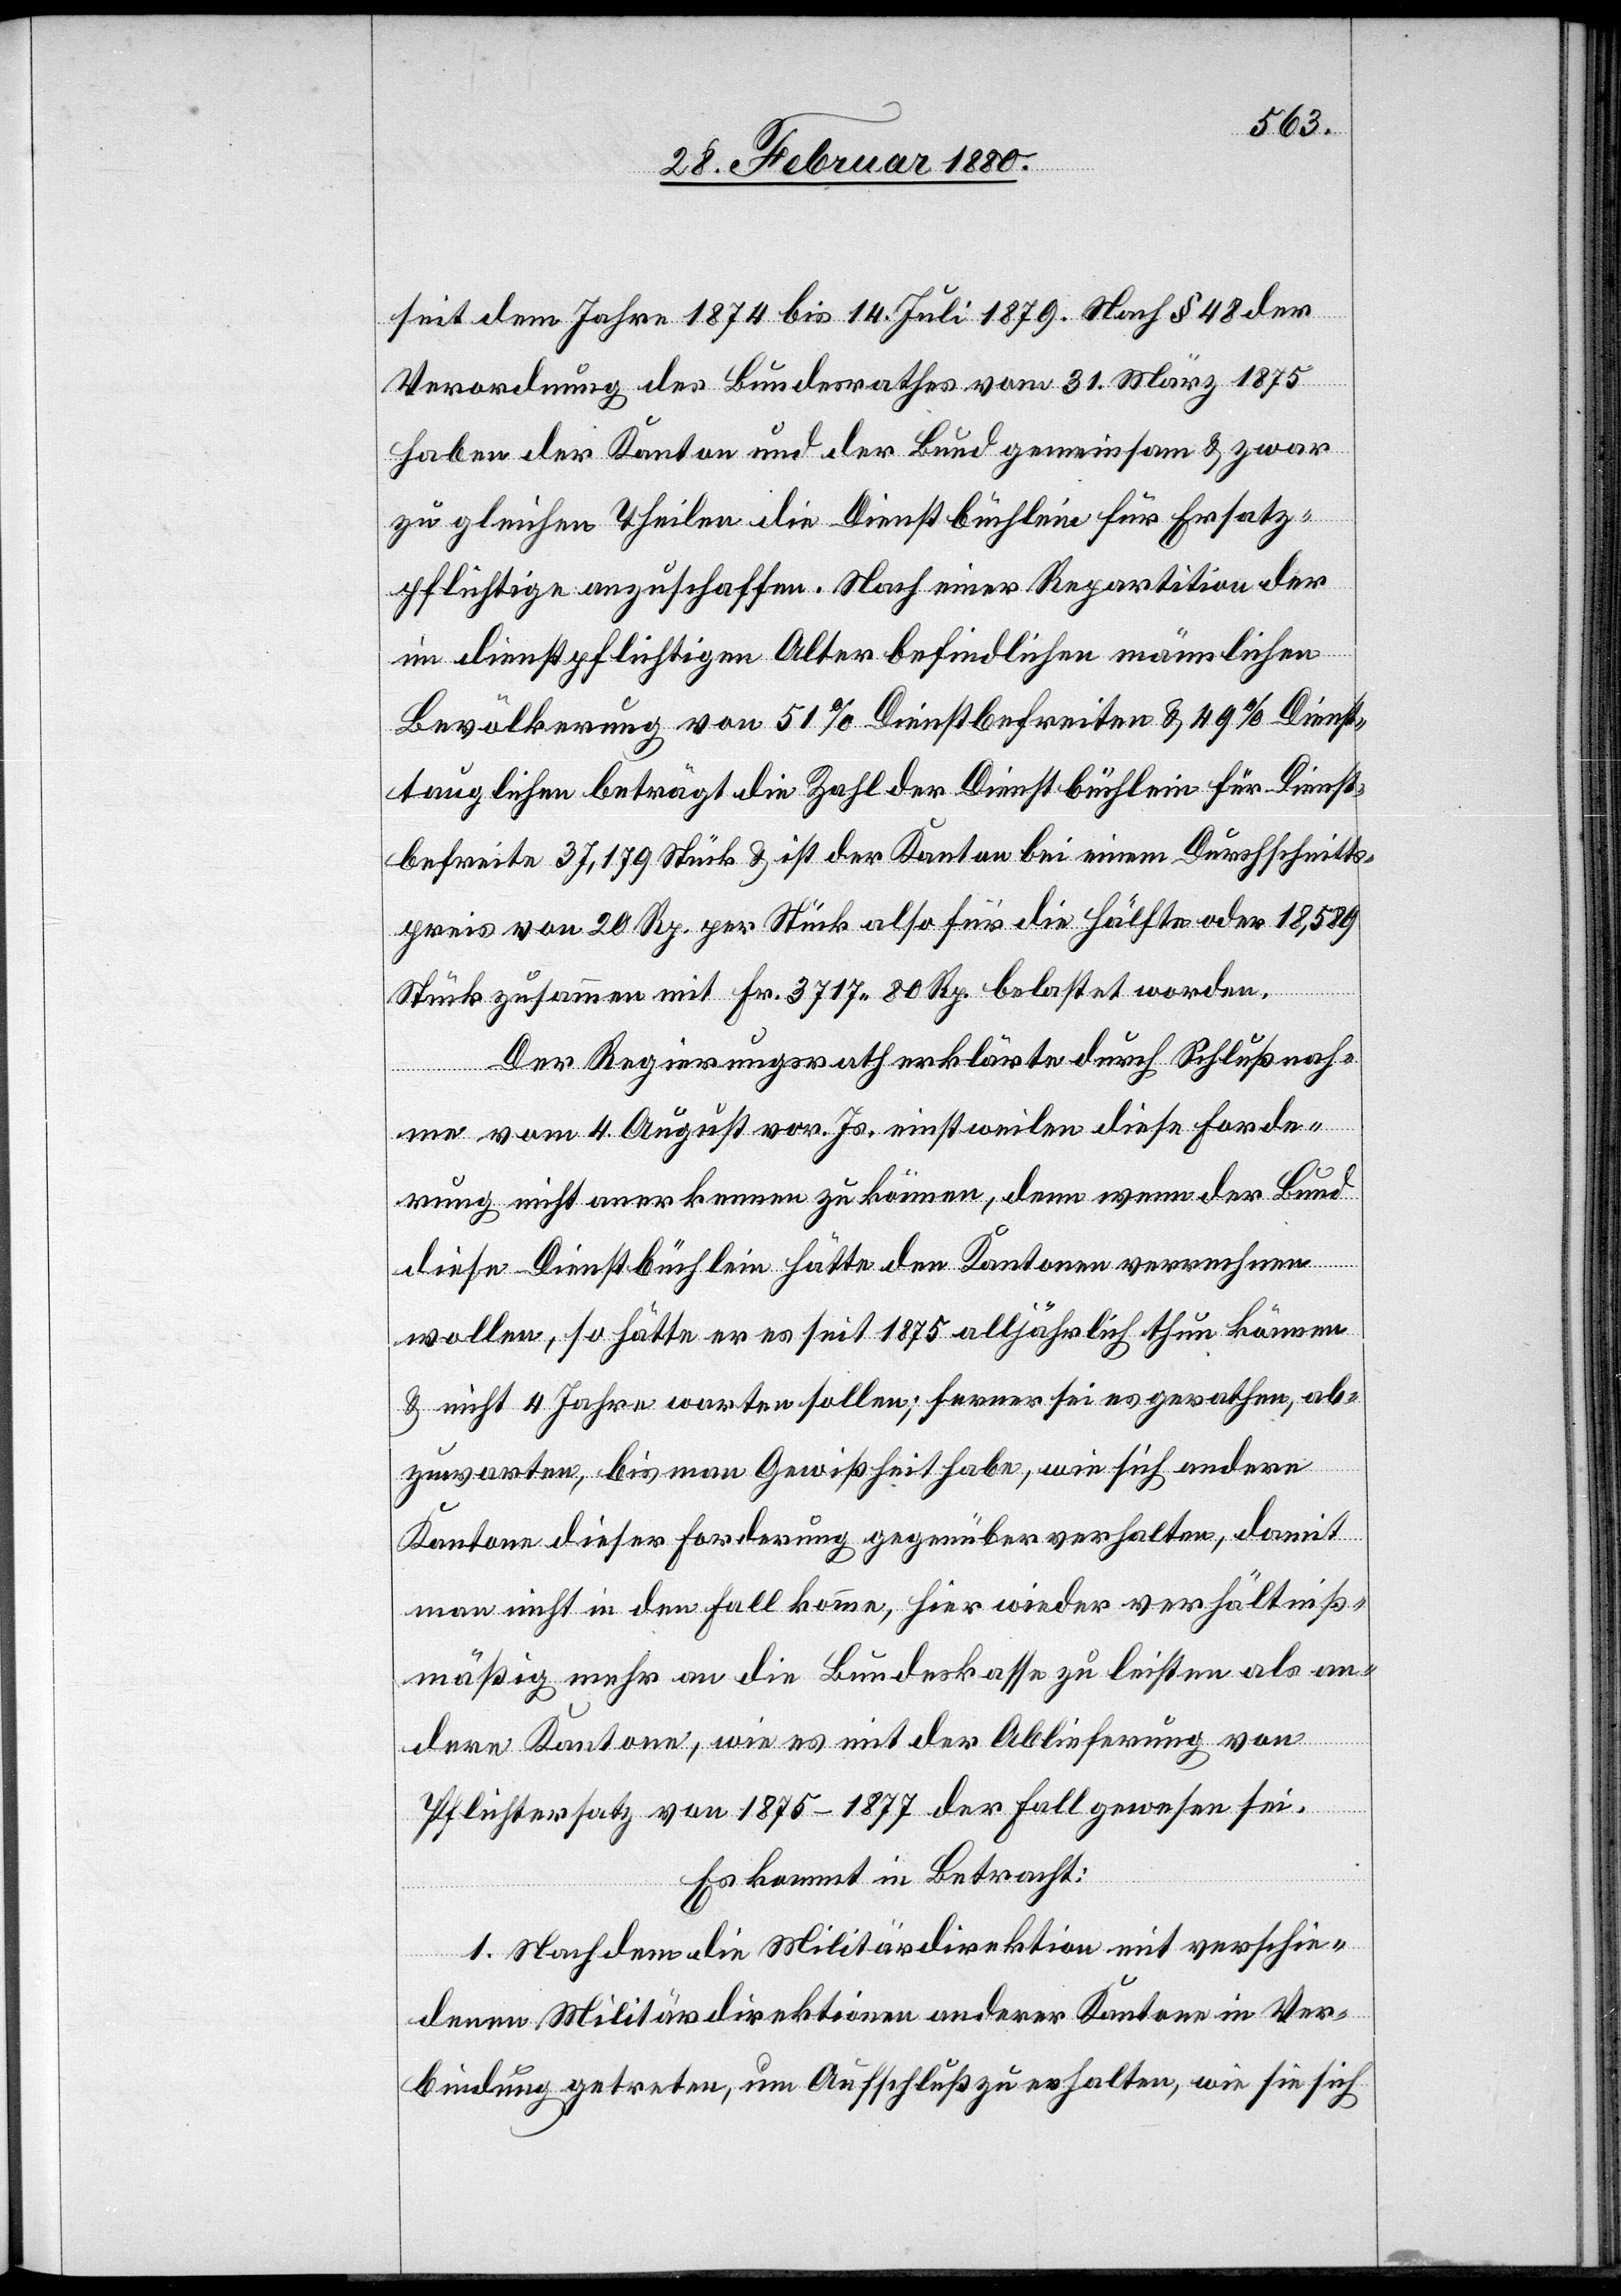
seit dem Jahre 1874 bis 14. Juli 1879. Nach § 48 der
Verordnung des Bundesrathes vom 31. März 1875
habe der Kanton und der Bund gemeinsam & zwar
zu gleichen Theilen die Dienstbüchlein für Ersatz¬
pflichtige anzuschaffen. Nach einer Repartition der
im dienstpflichtigen Alter befindlichen männlichen
Bevölkerung von 51 % Dienstbefreiten & 49 % Dienst¬
tauglichen beträgt die Zahl der Dienstbüchlein für Dienst¬
befreite 37, 170 Stück & ist der Kanton bei einem Durchschnitts¬
preis von 20 Rp. per Stück also für die Hälfte oder 18, 589
Stück zusammen mit Fr. 3717 80 Rp. belastet worden.
Der Regierungsrath erklärte durch Schlußnah¬
me vom 4. August vor. Js. einstweilen diese Forde¬
rung nicht anerkennen zu können, denn wenn der Bund
diese Dienstbüchlein hätte den Kantonen verrechnen
wollen, so hätte er es seit 1875 alljährlich thun können
& nicht 4 Jahre warten sollen; ferner sei es gerathen, ab¬
zuwarten, bis man Gewißheit habe, wie sich andere
Kantone dieser Forderung gegenüber verhalten, damit
man nicht in den Fall komme, hier wieder verhältniß¬
mäßig mehr an die Bundeskasse zu leisten als an¬
dere Kantone, wie es mit der Ablieferung von
Pflichtersatz von 1875–1877 der Fall gewesen sei.
Es kommt in Betracht:
1. Nachdem die Militärdirektion mit verschie¬
denen Militärdirektionen anderer Kantone in Ver¬
bindung getreten, um Aufschluß zu erhalten, wie sie sich